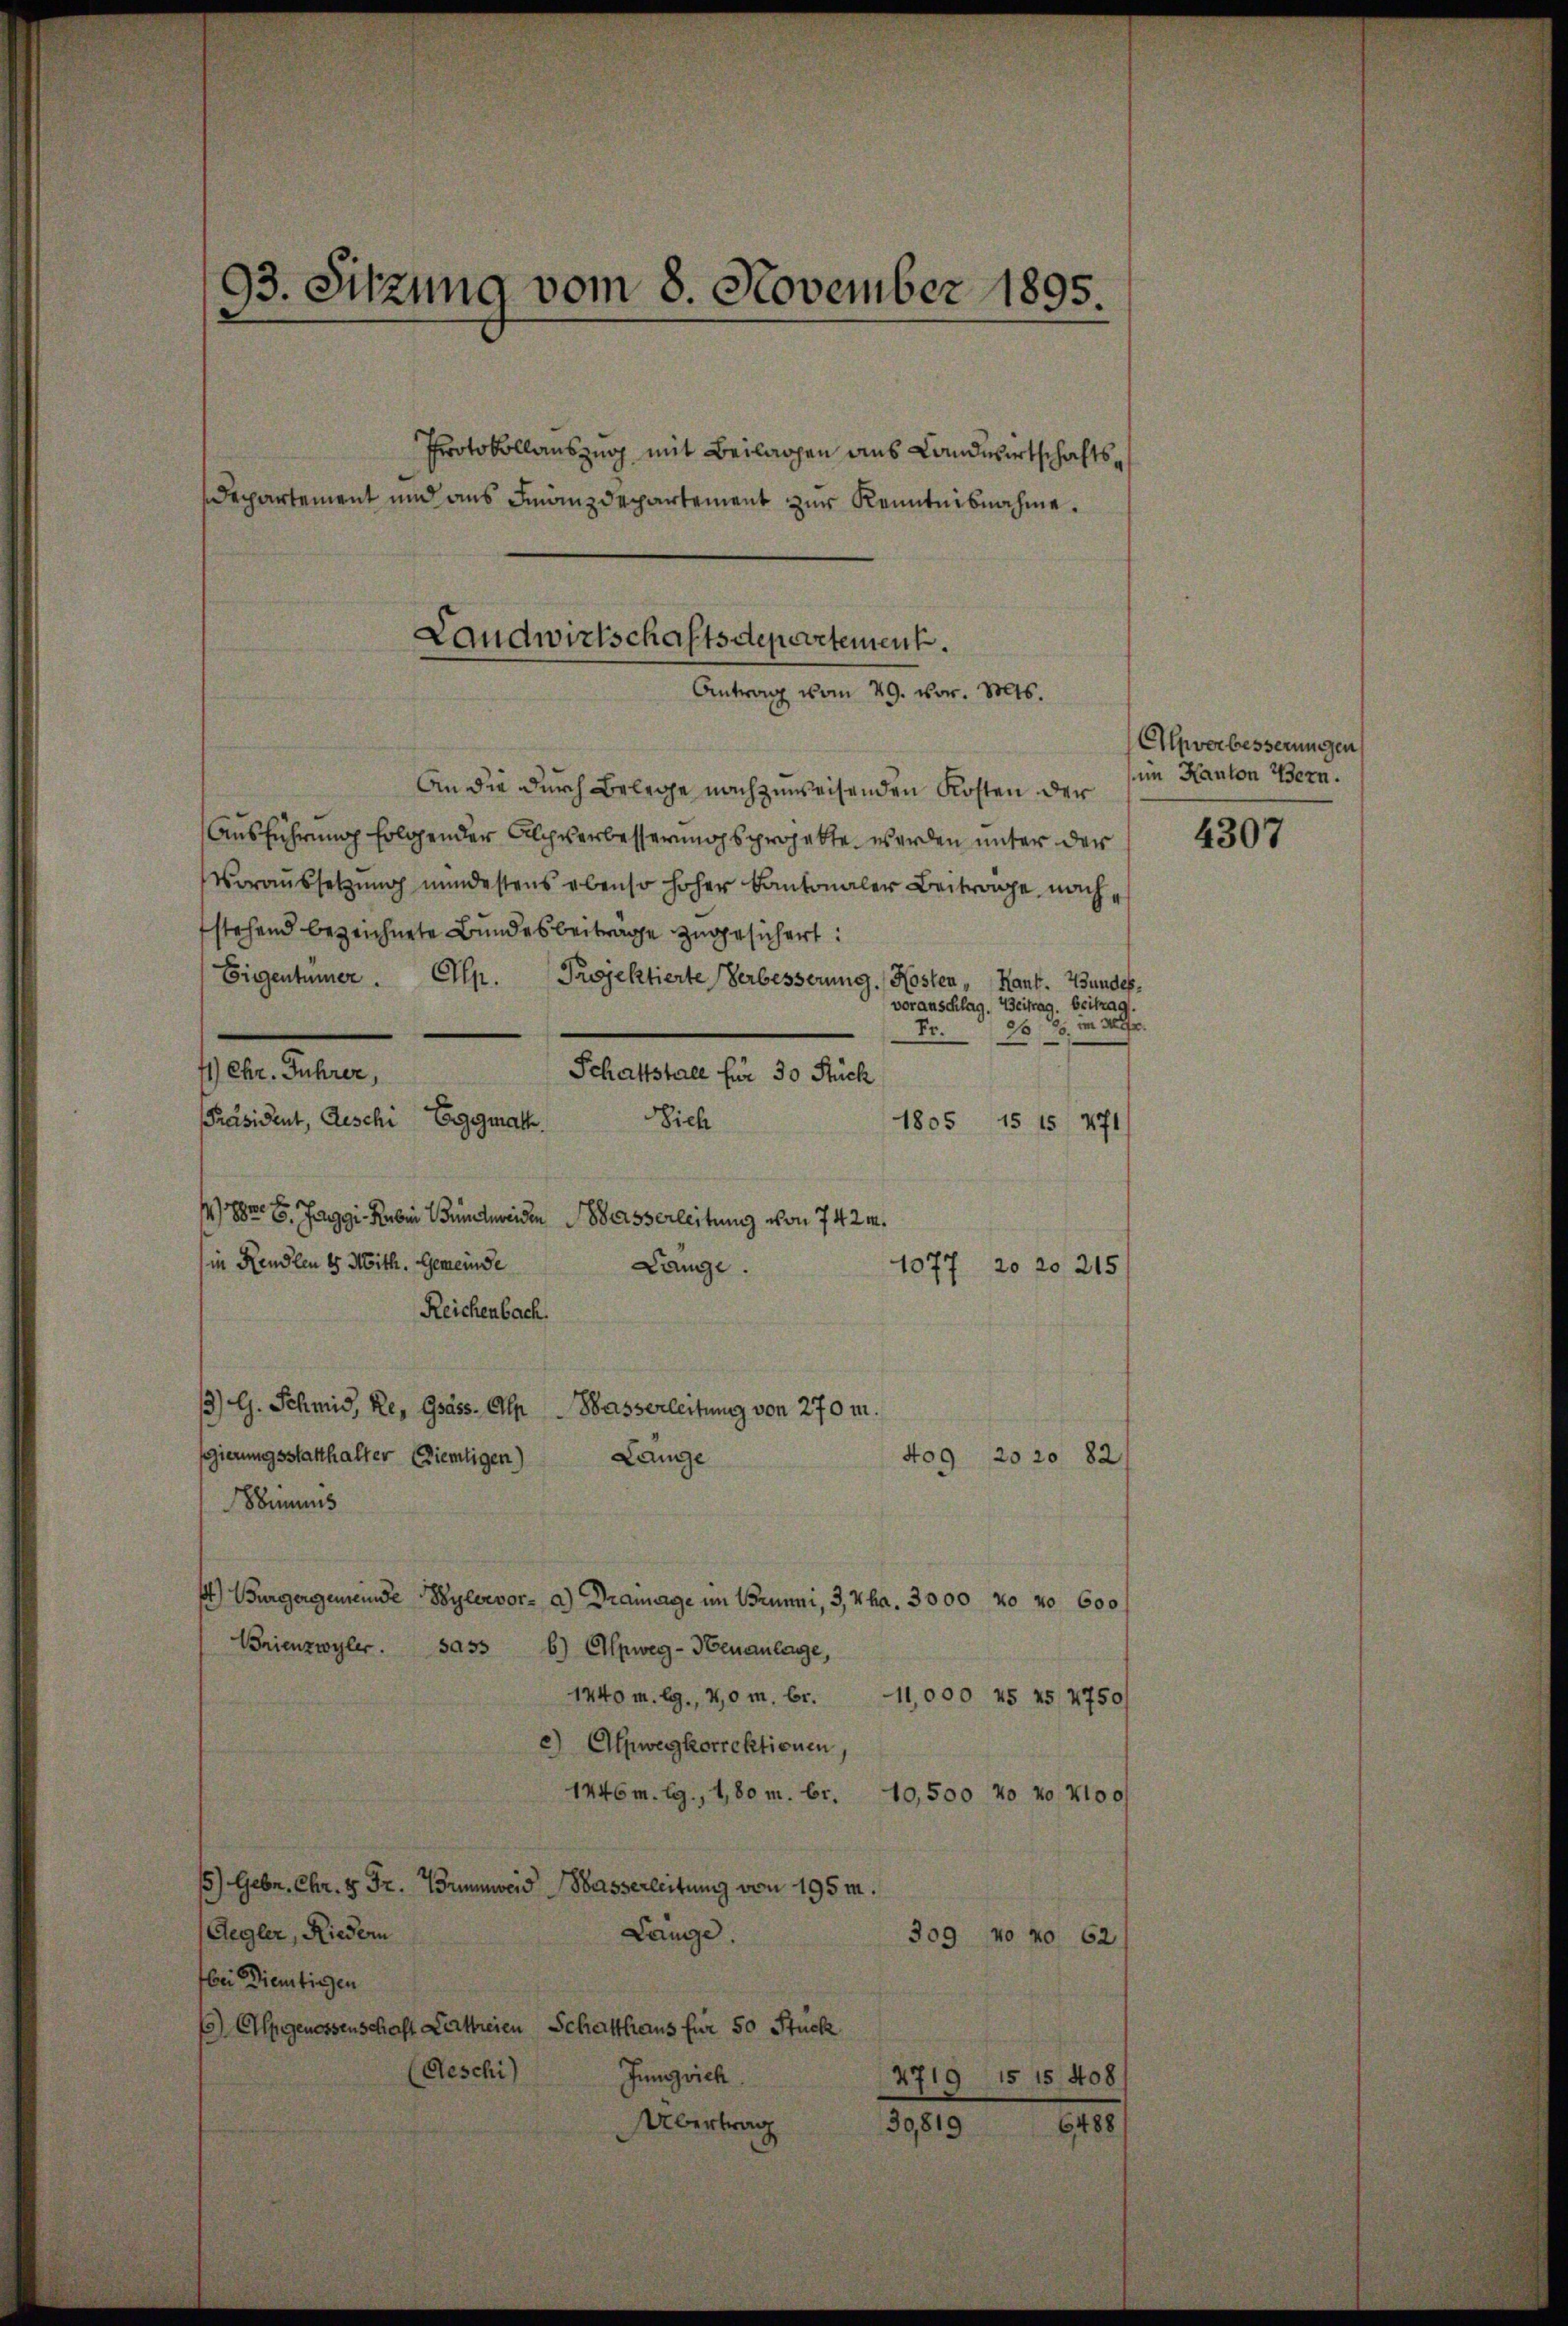
Protokollauszug mit Beilagen aus Landwirtschafts¬
Departement und aus Finanzdepartement zur Kenntnisnahme.

41) Chr. Führer,
Schaftstall für 30 Stück
Sich
Präsident, Geschi Eggmatt.

An die durch Belege nachzuweisenden Kosten der
Ausführung folgender Alchverbesserungsprojekte werden unter der
Voraussetzung mindestens ebenso hoher Kantonaler Beitrage, nachstehend bezeichnete Bundesbeiträge zugesichert:
Eigentümer . Ellp. Projektierte Verbesserung. Kosten „Hant. Bundesvoranschlag. Beitrag. Beitrag.
Fr.
1805
15 15 471/
1883. 8. Jaggi Raben Bündtneiden Wasserleitung von 742 m.
Reichenbach.
gierungsstatthalter (Ziemligen)
bimus
p) Bürgergemeinde Wylervor- a.) Dramage im Brunni, 3, 4ha. 3000 20 No 600
Brienzwyler. sass b) Alpweg-Heuanlage,
1240 m. lg., 40 m br. 11,000 45 25 2750/
c) Alpwegkorrektionen,
1446 m. L., 1,80 m. br.
10,500 40 20 Noc
15) Gebr. Chr. 5 Fr. Brunnweid Wasserleitung von 195 m.
Regler, Riedern
Lange.
309 vo No 62
bei Dienstigen
1) Alpgenossenschaft Lettreien Schaffhaus für 50 Stück
(Geschi)
Jungvieh
15 15 408
2719
Übertrag
30,819
6488

93. Sitzung vom 8. November 1895.

in Rendlen 8 Mith. Gemeinde

Landwirtschaftsdepartement.
Antrag vom 29. vor. Mts.

Lange.

1077 20 20 215

3) G. Schmid, Re, Gass. An Wasserleitung von 270 m.
409 2020 82/
Lange

1525, im 300fr.

Elpverbesserungen
im Kanton Bern.

4307